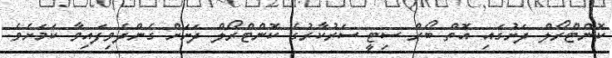
ކޮންޓްރޯލް ދަށުގައި އޮތް ބޯރް ސިޓީ ސަރުކާރުގެ ކޮންޓްރޯލް ދަށަށް ގެންދެވިފައިވާ ކަމަށެވެ.